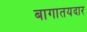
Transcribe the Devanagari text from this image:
बागातयदार